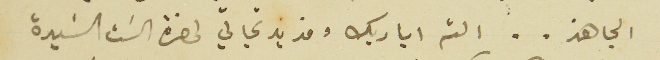
الجاهز.. الثم اياديك ومزيد تحياتي لحضرة السَت السَيدة